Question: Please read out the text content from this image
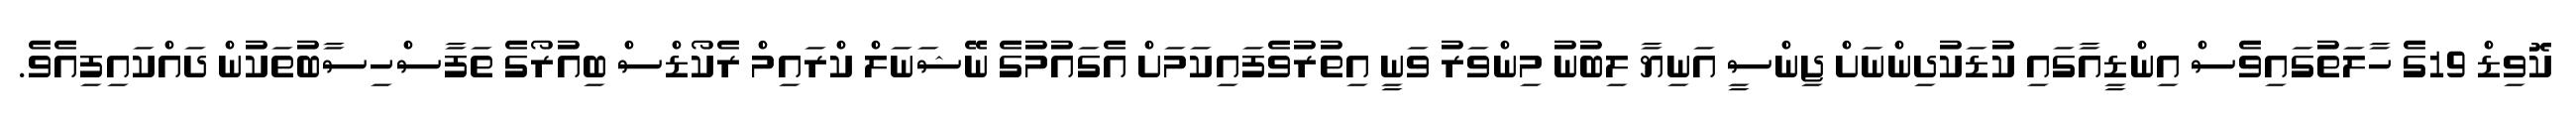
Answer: ކޮވިޑް 19ގެ ހާލަތުގައިވެސް އިންޑީއާގައި ކުޑަކުދިންނަށް ޖިންސީ އަނިޔާ ލިބުނު މިންވަރު ވަނީ އިތުރުވެފައިކަމަށް އެގައުމުގެ ނޭޝަނަލް ކްރައިމް ރެކޯޑްސް ބިއުރޯގެ ތަފާސްހިސާބުތަކުން ދައްކައިފިއެވެ.